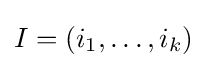
I=(i_{1},\dots ,i_{k})